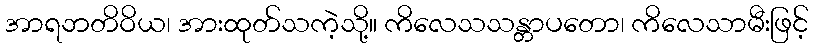
အာရဘတိဝိယ၊ အားထုတ်သကဲ့သို့။ ကိလေသသန္တာပတော၊ ကိလေသာမီးဖြင့်